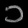
Digit: ၁